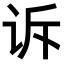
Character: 诉